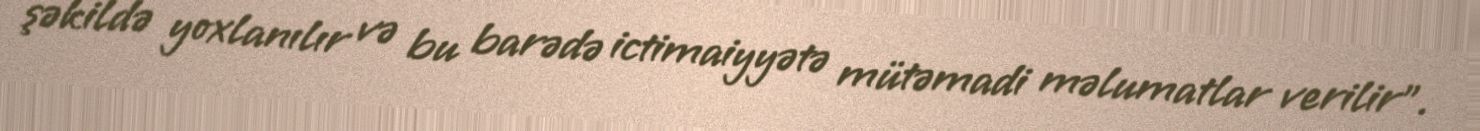
şəkildə yoxlanılır və bu barədə ictimaiyyətə mütəmadi məlumatlar verilir”.